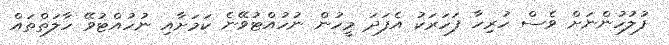
ފުލުހުންނަށް ވެސް ހުރިހާ ފަހަރަކު އެފަދަ މީހުން ނުހުއްޓުވޭނެ ކަަމަށާއި ނުހުއްޓުވޭ ހާލަތްތައް